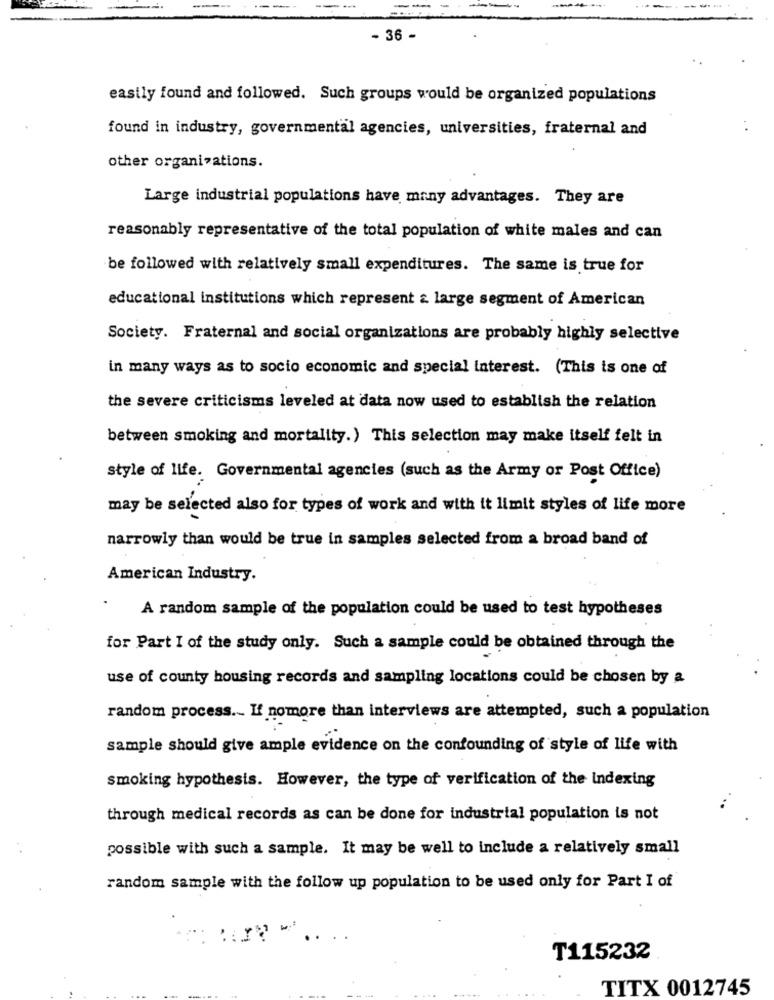
-
- 36 -
easily found and followed. Such groups would be organized populations
found in industry, governmental agencies, universities, fraternal and
other organizations.
Large industrial populations have many advantages. They are
reasonably representative of the total population of white males and can
be followed with relatively small expenditures. The same is true for
educational institutions which represent & large segment of American
Society. Fraternal and social organizations are probably highly selective
in many ways as to socio economic and special interest. (This is one of
the severe criticisms leveled at data now used to establish the relation
between smoking and mortality.) This selection may make itself felt in
style of life. Governmental agencies (such as the Army or Post Office)
may be selected also for types of work and with it limit styles of life more
narrowly than would be true in samples selected from a broad band of
American Industry.
A random sample of the population could be used to test hypotheses
for Part I of the study only. Such a sample could be obtained through the
use of county housing records and sampling locations could be chosen by a
random process .. If nomore than interviews are attempted, such a population
sample should give ample evidence on the confounding of style of life with
smoking hypothesis. However, the type of verification of the indexing
through medical records as can be done for industrial population is not
possible with such a sample. It may be well to include a relatively small
random sample with the follow up population to be used only for Part I of
T115232
TITX 0012745